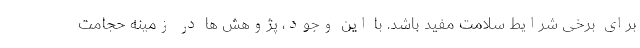
برای برخی شرایط سلامت مفید باشد. با این وجود، پژوهش ها در زمینه حجامت